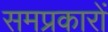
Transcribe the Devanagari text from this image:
समप्रकारों